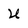
Character: U